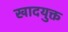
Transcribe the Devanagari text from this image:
खादयुक्त